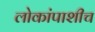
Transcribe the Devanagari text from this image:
लोकांपाशीच